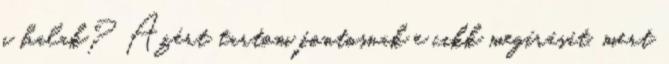
a halak? Azért tartom fontosnak e cikk megírását, mert